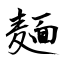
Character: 麺